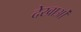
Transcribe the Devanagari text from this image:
देखाओं